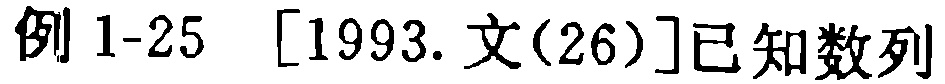
例 1-25  [1993.文(26)]已知数列